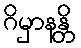
ဂိမှာနန္တိ